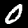
Digit: 0